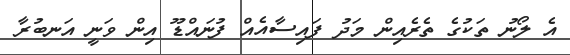
އެ ލޯނު ތަކުގެ ތެރެއިން މަދު ފައިސާއެއް ފުނައްޑޫ އިން ވަނީ އަނބުރާ